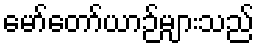
မော်တော်ယာဉ်များသည်